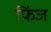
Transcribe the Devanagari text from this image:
फिंज